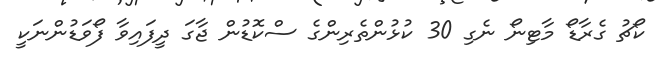
ކޯޗު ގެރާޑޯ މާޓިނޯ ނެގި 30 ކުޅުންތެރިންގެ ސްކޮޑުން ޖާގަ ދީފައިވާ ފޯވަޑުންނަކީ